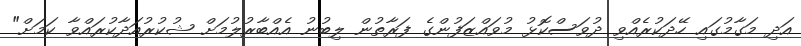
އަދި މަގާމުގައި ހޭދަކުރެއްވި ދުވަސްކޮޅު މުވައްޒަފުންގެ ފަރާތުން ލިބުނު އެއްބާރުލުމަށް ޝުކުރުއަދާކުރައްވާ ކަމަށް"